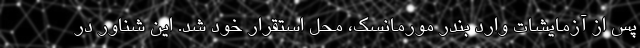
پس از آزمایشات وارد بندر مورمانسک، محل استقرار خود شد. این شناور در